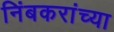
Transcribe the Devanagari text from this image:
निंबकरांच्या